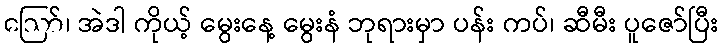
ဪ၊ အဲဒါ ကိုယ့် မွေးနေ့ မွေးနံ ဘုရားမှာ ပန်း ကပ်၊ ဆီမီး ပူဇော်ပြီး